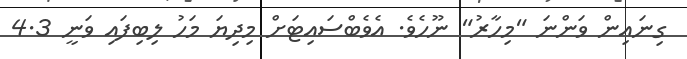
ގިނައިން ވަންނަ "މިހާރު" ނޫހެވެ. އެވެބްސައިޓަށް މިދިޔަ މަހު ލިބިފައި ވަނީ 4.3